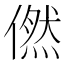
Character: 㒄